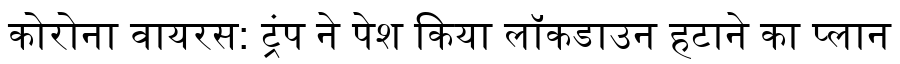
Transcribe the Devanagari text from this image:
कोरोना वायरस: ट्रंप ने पेश किया लॉकडाउन हटाने का प्लान